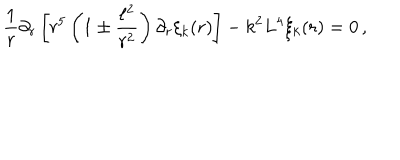
\frac { 1 } { r } \partial _ { r } \left[ r ^ { 5 } \left( 1 \pm \frac { \ell ^ { 2 } } { r ^ { 2 } } \right) \partial _ { r } \xi _ { k } ( r ) \right] - k ^ { 2 } L ^ { 4 } \xi _ { k } ( r ) = 0 \, ,